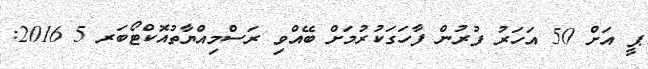
ޕީ އަށް 50 އަހަރު ފުރުން ފާހަގަކުރުމަށް ބޭއްވި ރަސްމިއްޔާތުއޮކްޓޯބަރ 5 2016: